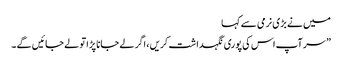
میں نے بڑی نرمی سے کہا
” سر آپ اس کی پوری نگہداشت کریں ، اگر لے جانا پڑا تو لے جائیں گے ۔